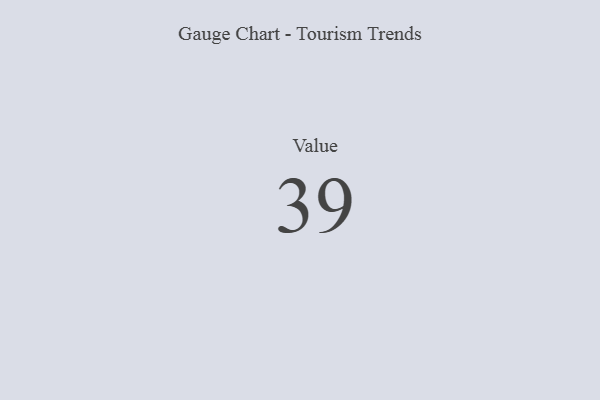
{"axis": {"x": "Metric", "y": "Value"}, "legend": [""], "data": [{"x": "Value", "y": 39, "type": ""}]}